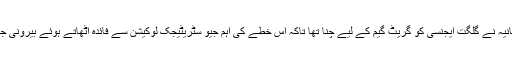
اسی وجہ سے تاج برطانیہ نے گلگت ایجنسی کو گریٹ گیم کے لیے چنا تھا تاکہ اس خطے کی اہم جیو سٹریٹیجک لوکیشن سے فائدہ اٹھاتے ہوئے بیرونی جارحیت کو روکا جائے۔